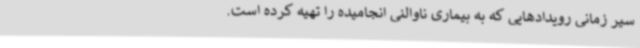
سیر زمانی رویدادهایی که به بیماری ناوالنی انجامیده را تهیه کرده است.